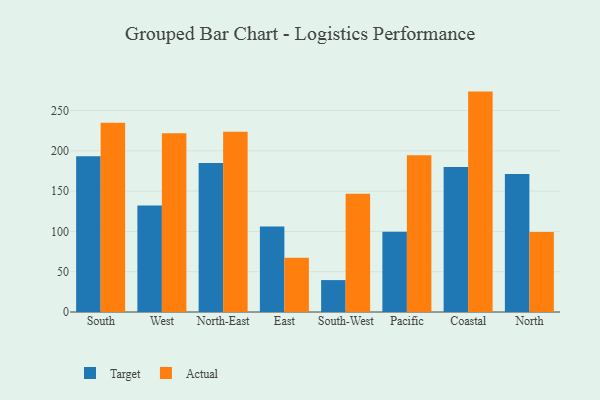
{"axis": {"x": "Region", "y": "Humidity (%)"}, "legend": ["Actual", "Target"], "data": [{"x": "South", "y": 193.2, "type": "Target"}, {"x": "South", "y": 235.0, "type": "Actual"}, {"x": "West", "y": 132.3, "type": "Target"}, {"x": "West", "y": 221.7, "type": "Actual"}, {"x": "North-East", "y": 184.9, "type": "Target"}, {"x": "North-East", "y": 223.6, "type": "Actual"}, {"x": "East", "y": 106.2, "type": "Target"}, {"x": "East", "y": 67.2, "type": "Actual"}, {"x": "South-West", "y": 39.6, "type": "Target"}, {"x": "South-West", "y": 146.7, "type": "Actual"}, {"x": "Pacific", "y": 99.5, "type": "Target"}, {"x": "Pacific", "y": 194.4, "type": "Actual"}, {"x": "Coastal", "y": 180.0, "type": "Target"}, {"x": "Coastal", "y": 273.5, "type": "Actual"}, {"x": "North", "y": 171.1, "type": "Target"}, {"x": "North", "y": 99.2, "type": "Actual"}]}